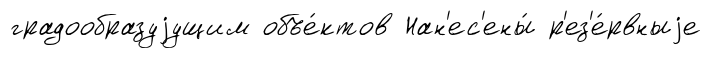
градообразуjущим объе́ктов Нан'ес'ены́ р'ез'е́рвныjе